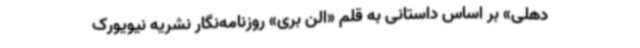
دهلی» بر اساس داستانی به قلم «الن بری» روزنامه‌نگار نشریه نیویورک